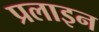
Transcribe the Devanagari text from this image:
प्रलाइन